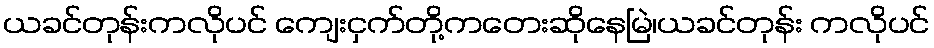
ယခင်တုန်းကလိုပင် ကျေးငှက်တို့ကတေးဆိုနေမြဲ၊ယခင်တုန်း ကလိုပင်